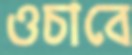
ওচাবে